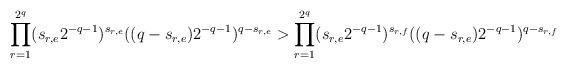
LaTeX: \begin{gather*}\prod_{r=1}^{2^q}(s_{r,e}2^{-q-1})^{s_{r,e}}((q-s_{r,e})2^{-q-1})^{q-s_{r,e}} > \prod_{r=1}^{2^q}(s_{r,e}2^{-q-1})^{s_{r,f}}((q-s_{r,e})2^{-q-1})^{q-s_{r,f}}\end{gather*}